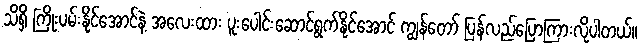
သိရှိ ကြိုးပမ်းနိုင်အောင်နဲ့ အလေးထား ပူးပေါင်းဆောင်ရွက်နိုင်အောင် ကျွန်တော် ပြန်လည်ပြောကြားလိုပါတယ်။